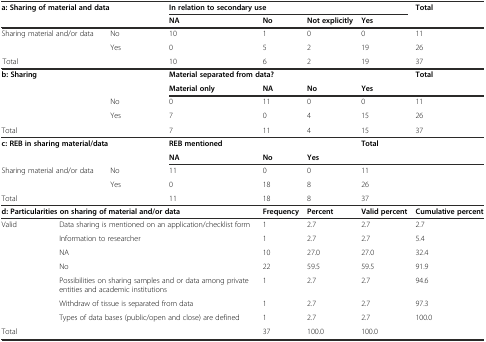
<table><thead><tr><td rowspan="2" colspan="3"><b>a: Sharing of material and data</b></td><td colspan="4"><b>In relation to secondary use</b></td><td rowspan="2"><b>Total</b></td></tr><tr><td><b>NA</b></td><td><b>No</b></td><td><b>Not explicitly</b></td><td><b>Yes</b></td></tr></thead><tbody><tr><td colspan="2">Sharing material and/or data</td><td>No</td><td>10</td><td>1</td><td>0</td><td>0</td><td>11</td></tr><tr><td></td><td></td><td>Yes</td><td>0</td><td>5</td><td>2</td><td>19</td><td>26</td></tr><tr><td></td><td colspan="2">Total</td><td>10</td><td>6</td><td>2</td><td>19</td><td>37</td></tr><tr><td rowspan="2" colspan="3"><b>b: Sharing</b></td><td colspan="4"><b>Material separated from data?</b></td><td rowspan="2"><b>Total</b></td></tr><tr><td><b>Material only</b></td><td><b>NA</b></td><td><b>No</b></td><td><b>Yes</b></td></tr><tr><td colspan="2"></td><td>No</td><td>0</td><td>11</td><td>0</td><td>0</td><td>11</td></tr><tr><td></td><td></td><td>Yes</td><td>7</td><td>0</td><td>4</td><td>15</td><td>26</td></tr><tr><td>Total</td><td></td><td></td><td>7</td><td>11</td><td>4</td><td>15</td><td>37</td></tr><tr><td rowspan="2" colspan="3"><b>c: REB in sharing material/data</b></td><td colspan="3"><b>REB mentioned</b></td><td rowspan="2"><b>Total</b></td><td></td></tr><tr><td><b>NA</b></td><td><b>No</b></td><td><b>Yes</b></td><td></td></tr><tr><td colspan="2">Sharing material and/or data</td><td>No</td><td>11</td><td>0</td><td>0</td><td>11</td><td></td></tr><tr><td></td><td></td><td>Yes</td><td>0</td><td>18</td><td>8</td><td>26</td><td></td></tr><tr><td>Total</td><td></td><td></td><td>11</td><td>18</td><td>8</td><td>37</td><td></td></tr><tr><td colspan="4"><b>d: Particularities on sharing of material and/or data</b></td><td><b>Frequency</b></td><td><b>Percent</b></td><td><b>Valid percent</b></td><td><b>Cumulative percent</b></td></tr><tr><td>Valid</td><td colspan="3">Data sharing is mentioned on an application/checklist form</td><td>1</td><td>2.7</td><td>2.7</td><td>2.7</td></tr><tr><td></td><td colspan="3">Information to researcher</td><td>1</td><td>2.7</td><td>2.7</td><td>5.4</td></tr><tr><td></td><td colspan="3">NA</td><td>10</td><td>27.0</td><td>27.0</td><td>32.4</td></tr><tr><td></td><td colspan="3">No</td><td>22</td><td>59.5</td><td>59.5</td><td>91.9</td></tr><tr><td></td><td colspan="3">Possibilities on sharing samples and or data among private entities and academic institutions</td><td>1</td><td>2.7</td><td>2.7</td><td>94.6</td></tr><tr><td></td><td colspan="3">Withdraw of tissue is separated from data</td><td>1</td><td>2.7</td><td>2.7</td><td>97.3</td></tr><tr><td></td><td colspan="3">Types of data bases (public/open and close) are defined</td><td>1</td><td>2.7</td><td>2.7</td><td>100.0</td></tr><tr><td>Total</td><td colspan="3"></td><td>37</td><td>100.0</td><td>100.0</td><td></td></tr></tbody></table>